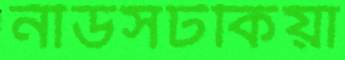
নীডসটকিয়া